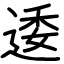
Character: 逶